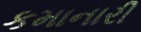
કમાનારી